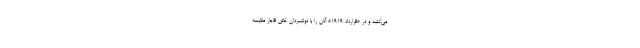
می‌کشد و در «قرارداد 1919» آنان را با دولتمردان خائن قاجار مقایسه